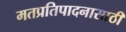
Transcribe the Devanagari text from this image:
मतप्रतिपादनासाठी